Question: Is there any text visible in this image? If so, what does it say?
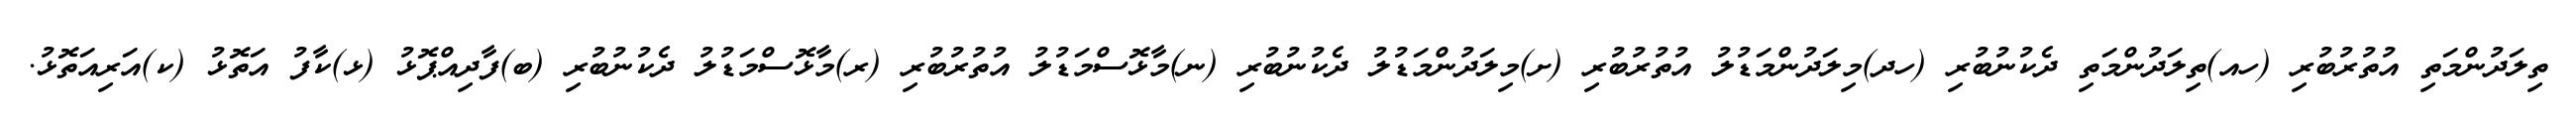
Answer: ތިލަދުންމަތި އުތުރުބުރި (ހއ)ތިލަދުންމަތި ދެކުނުބުރި (ހދ)މިލަދުންމަޑުލު އުތުރުބުރި (ށ)މިލަދުންމަޑުލު ދެކުނުބުރި (ނ)މާޅޮސްމަޑުލު އުތުރުބުރި (ރ)މާޅޮސްމަޑުލު ދެކުނުބުރި (ބ)ފާދިއްޕޮޅު (ޅ)ކާފު އަތޮޅު (ކ)އަރިއަތޮޅު.